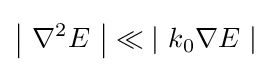
\displaystyle \left|\ \nabla ^{2}E\ \right|\ll \left|\ k_{0}\nabla E\ \right|